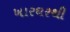
ખારઘરથી